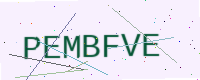
Text: PEMBFVE